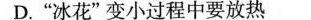
D.”冰花”变小过程中要放热